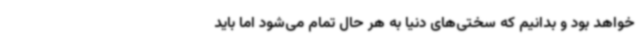
خواهد بود و بدانیم که سختی‌های دنیا به هر حال تمام می‌شود اما باید